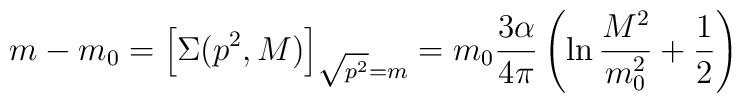
m-m_0 = \left[ \Sigma(p^2,M) 	\right]_{\sqrt{p^2}=m} = m_0 \frac{3\alpha}{4\pi}	\left( \ln \frac{M^2}{m_0^2} + \frac{1}{2}	\right)